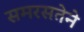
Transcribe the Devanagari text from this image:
समरसतेने